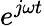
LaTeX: e^{j\omega t}